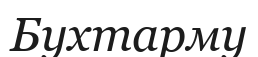
Бухтарму